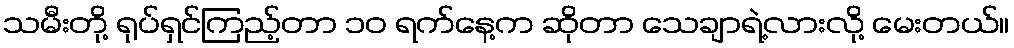
သမီးတို့ ရုပ်ရှင်ကြည့်တာ ၁၀ ရက်နေ့က ဆိုတာ သေချာရဲ့လားလို့ မေးတယ်။